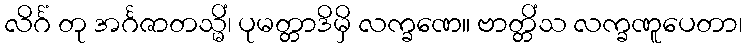
လိင်္ဂံ တု အင်္ဂဇာတသ္မိံ၊ ပုမတ္တာဒိမှိ လက္ခဏေ။ ဗာတ္တိံသ လက္ခဏူပေတာ၊